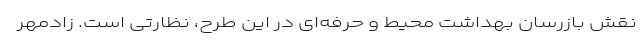
نقش بازرسان بهداشت محیط و حرفه‌ای در این طرح، نظارتی است. زادمهر